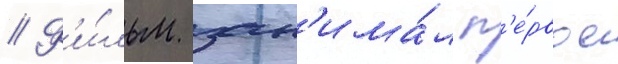
// Ф'и́льм зан'има́л п'е́рвое